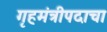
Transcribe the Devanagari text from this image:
गृहमंत्रीपदाचा